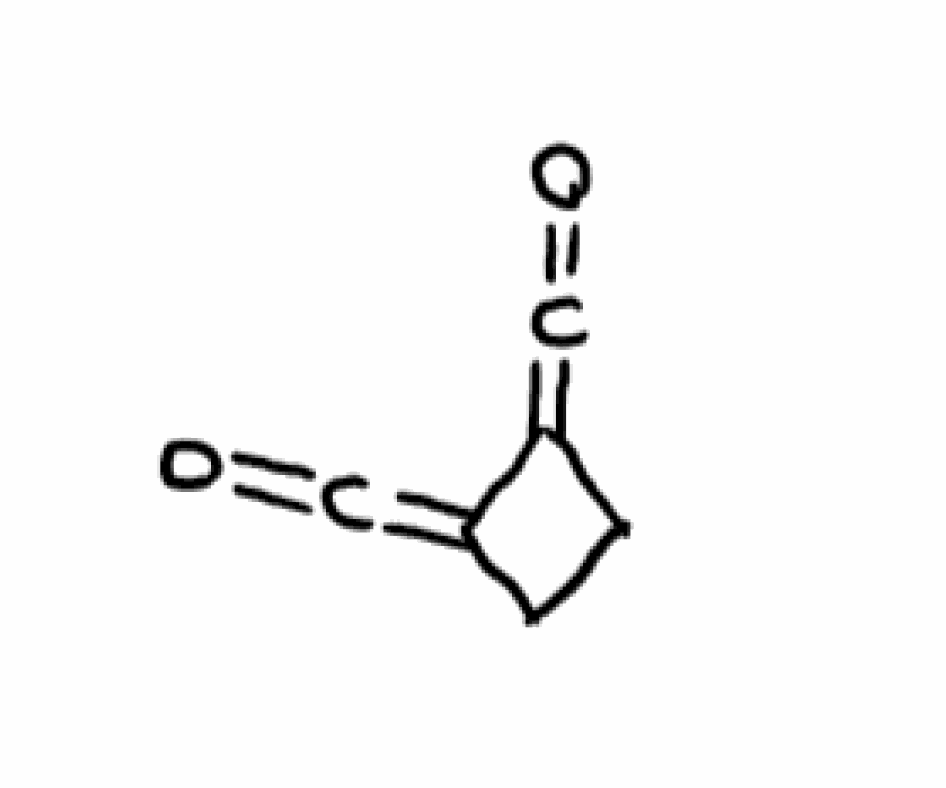
Simplified molecular-input line-entry system (SMILES) notation of the given molecule:
C1CC(=C=O)C1=C=O